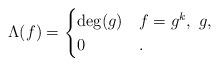
LaTeX: \begin{align*}\Lambda(f) = \begin{cases} \deg(g) & f = g^k,\ g , \\ 0 & .\end{cases}\end{align*}